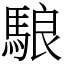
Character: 駺